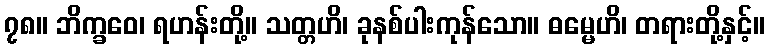
၇၈။ ဘိက္ခဝေ၊ ရဟန်းတို့။ သတ္တဟိ၊ ခုနစ်ပါးကုန်သော။ ဓမ္မေဟိ၊ တရားတို့နှင့်။